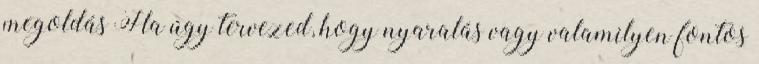
megoldás Ha úgy tervezed, hogy nyaralás vagy valamilyen fontos